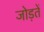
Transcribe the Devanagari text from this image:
जोड़तें